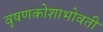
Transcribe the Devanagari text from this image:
वृषणकोशाभोवती